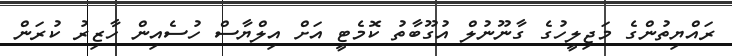
ރައްޔިތުންގެ މަޖިލީހުގެ ގާނޫނުލް އުގޫބާތު ކޮމެޓީ އަށް އިލްޔާސް ހުސެއިން ހާޒިރު ކުރަން